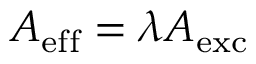
A _ { \mathrm { e f f } } = \lambda A _ { \mathrm { e x c } }